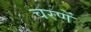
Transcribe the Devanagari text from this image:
चरणें